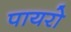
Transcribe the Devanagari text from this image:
पायरो